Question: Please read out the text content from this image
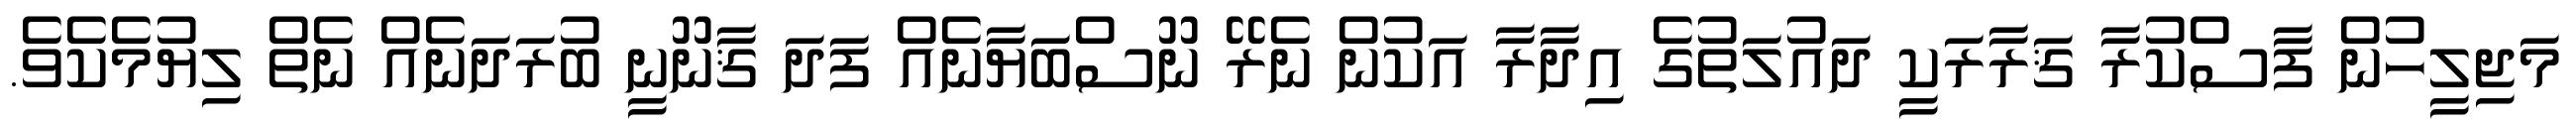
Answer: މަޖިލީހުން ފާސްކުރާ ޤަރާރަކީ ދައުލަތުގެ އިދާރާ އަކުން ނެރޭ ނޫސްބަޔާނެއް ފަދަ ޤާނޫނީ ބުރަދަނެއް ނެތް ލިޔުމެކެވެ.